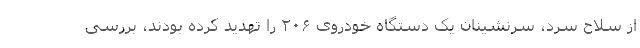
از سلاح سرد، سرنشینان یک دستگاه خودروی ۲۰۶ را تهدید کرده بودند، بررسی